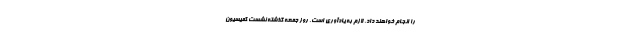
را انجام خواهند داد. لازم به یادآوری است، روز جمعه گذشته نشست کمیسیون